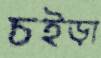
চইড়া